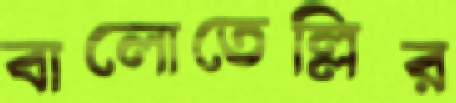
বালোতেল্লির